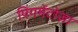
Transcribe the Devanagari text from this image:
पिंगमेंटोज़ा